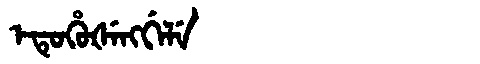
Manchu: ᡝᡨᡠᡥᡠᡧᡝᠩᡤᡝᠯᡝ
Romanization: ETUHUŠENGGELE